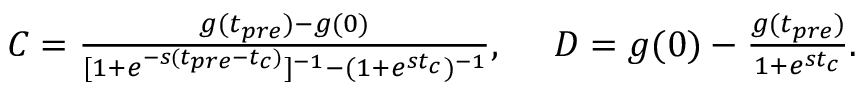
\begin{array} { r } { C = \frac { g ( t _ { p r e } ) - g ( 0 ) } { [ 1 + e ^ { - s ( t _ { p r e } - t _ { c } ) } ] ^ { - 1 } - ( 1 + e ^ { s t _ { c } } ) ^ { - 1 } } , \ \ \ \ D = g ( 0 ) - \frac { g ( t _ { p r e } ) } { 1 + e ^ { s t _ { c } } } . } \end{array}